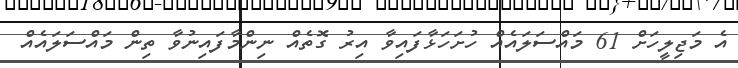
އެ މަޖިލީހަށް 61 މައްސަލައެއް ހުށަހަޅާފައިވާ އިރު ގޮތެއް ނިންމާފައިނުވާ ތިން މައްސަލައެއް